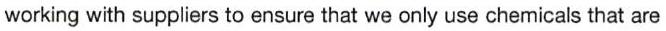
working with suppliers to ensure that we only use chemicals that are